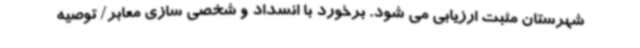
شهرستان مثبت ارزیابی می شود. برخورد با انسداد و شخصی سازی معابر/ توصیه